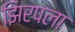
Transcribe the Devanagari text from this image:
झिरपला